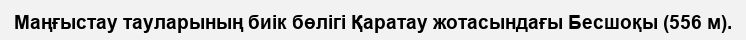
Маңғыстау тауларының биік бөлігі Қаратау жотасындағы Бесшоқы (556 м).